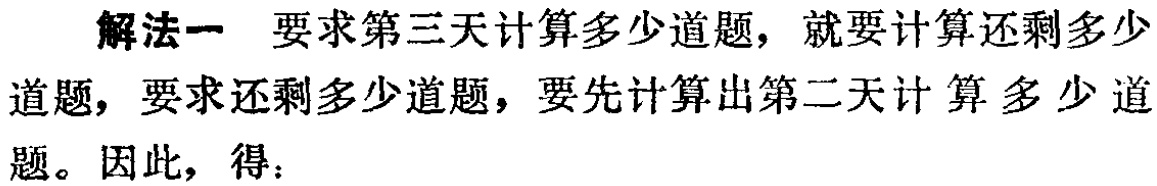
解法一 要求第三天计算多少道题，就要计算还剩多少道题，要求还剩多少道题，要先计算出第二天计算多少道题。因此，得：